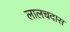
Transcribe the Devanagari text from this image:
लालचदास